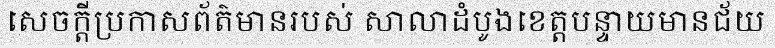
សេចក្តីប្រកាសព័ត៌មានរបស់ សាលាដំបូងខេត្តបន្ទាយមានជ័យ